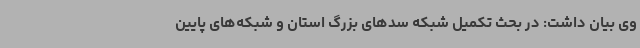
وی بیان داشت: در بحث تکمیل شبکه سدهای بزرگ استان و شبکه‌های پایین